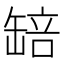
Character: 䍌